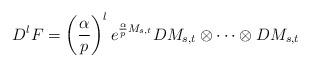
LaTeX: \begin{align*}D^{l}F=\left(\frac{\alpha}{p}\right)^{l}e^{\frac{\alpha}{p}M_{s,t}}DM_{s,t}\otimes\cdots\otimes DM_{s,t}\end{align*}